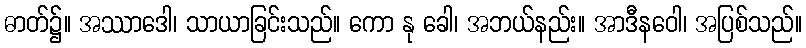
ဓာတ်၌။ အဿာဒေါ၊ သာယာခြင်းသည်။ ကော နု ခေါ၊ အဘယ်နည်း။ အာဒီနဝေါ၊ အပြစ်သည်။